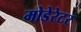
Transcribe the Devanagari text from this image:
मोडेरेटर